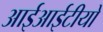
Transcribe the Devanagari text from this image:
आईआईटीयो